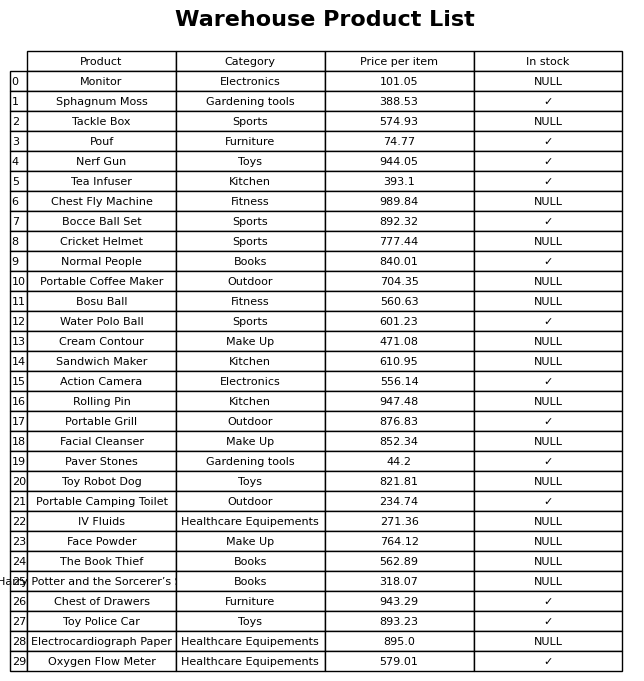
question: Is the Rolling Pin in stock?
answer: NULL